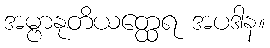
အမ္ဗာနုတိယတ္ထေရ အပဒါန။